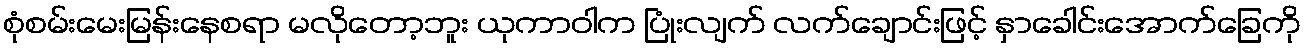
စုံစမ်းမေးမြန်းနေစရာ မလိုတော့ဘူး ယုကာဝါက ပြုံးလျက် လက်ချောင်းဖြင့် နှာခေါင်းအောက်ခြေကို